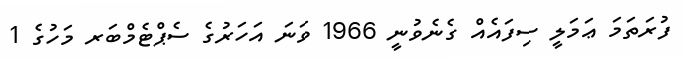
ފުރަތަމަ ޢަމަލީ ސިފައެއް ގެނެވުނީ 1966 ވަނަ އަހަރުގެ ސެޕްޓެމްބަރ މަހުގެ 1